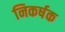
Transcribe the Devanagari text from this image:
निकर्षक